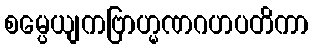
စမ္ပေယျကဗြာဟ္မဏဂဟပတိကာ